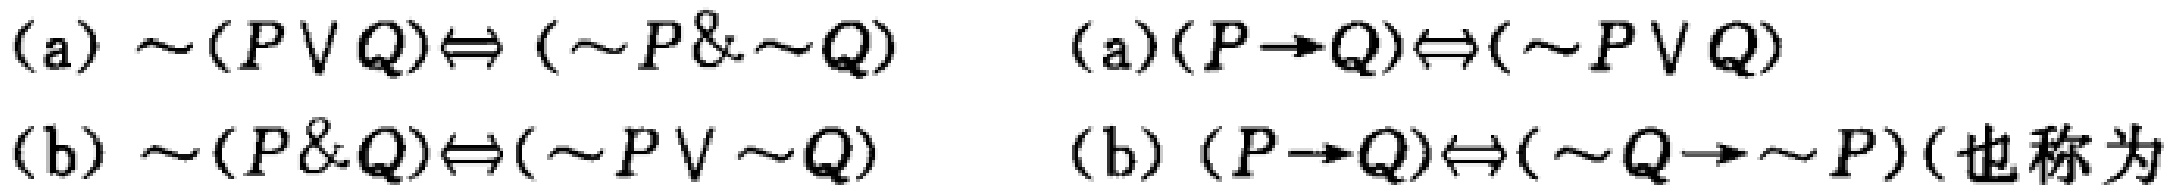
(a) $\sim(P\vee Q)\Leftrightarrow (\sim P\&\sim Q)$
(b) $\sim(P\& Q)\Leftrightarrow(\sim P\vee\sim Q)$
(a) $(P\rightarrow Q)\Leftrightarrow(\sim P\vee Q)$
(b) $(P\rightarrow Q)\Leftrightarrow(\sim Q\rightarrow\sim P)$(也称为